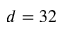
d = 3 2